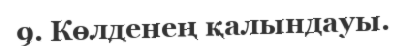
9. Көлденең қалындауы.